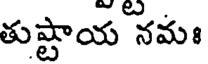
తుష్టాయ నమః